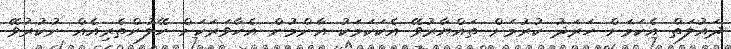
ދައުލަތް އެކަމަށް ހަރަދު ކުރުމަށް ތައްޔާރުވޭ އެކަކަމަކު އާންމުން އެހާވަރަކަށް ހޭލުންތެރިއެއް ނުކުރުވޭ